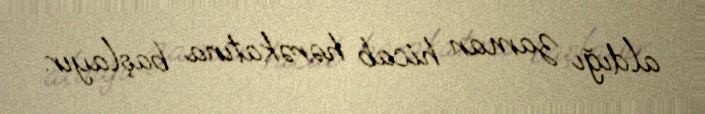
aldığı zaman hicab hərəkatına başlayır.